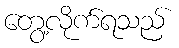
တွေ့လိုက်ရသည်